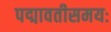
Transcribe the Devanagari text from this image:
पद्मावतीसमयः